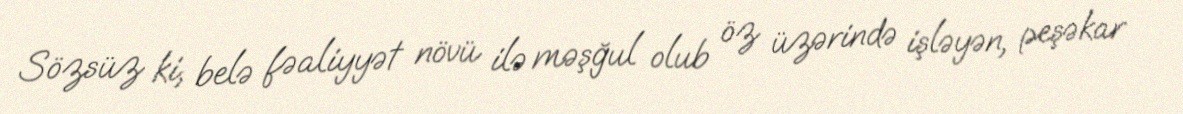
Sözsüz ki, belə fəaliyyət növü ilə məşğul olub öz üzərində işləyən, peşəkar